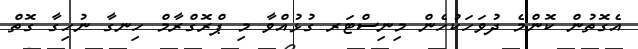
އެގޮތުން ކޮންމެ ދުވަހަކުހެން މިނިސްޓަރ ގުޅުއްވާ މި ޕްރޮގްރާމް ހިނގާ ނުހިގާ ގޮތް